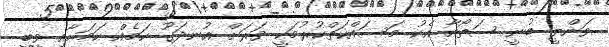
ވަންލީ ބުނީ ސަތޯއާ އެކު މަސައްކަތްކުރުމަކީ ވަރަށް އުނދަގޫ ކަމެއް ކަމަށާއި ވީބީ